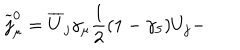
\widetilde { j } _ { \mu } ^ { 0 } = \overline { { { U } } } _ { j } \gamma _ { \mu } \frac 1 2 ( 1 - \gamma _ { 5 } ) U _ { j } -